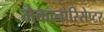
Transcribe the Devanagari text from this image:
मेकानोरिसेप्टर